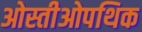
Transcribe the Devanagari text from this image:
ओस्तीओपथिक